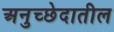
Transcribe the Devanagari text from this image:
अनुच्छेदातील